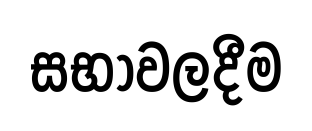
සභාවලදීම